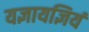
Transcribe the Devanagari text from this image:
यज्ञायज्ञियं